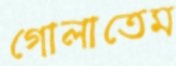
গোলাতেম